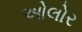
ઓલોર